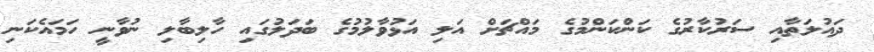
ދައުލަތާއި ސަރުކާރުގެ ކަންކަންމުގެ މައްޗަށް އަލި އަޅުވާލުމުގެ ބަދަލުގައި ހާލިބާލި ނުވާނީ ހަމައެކަނި